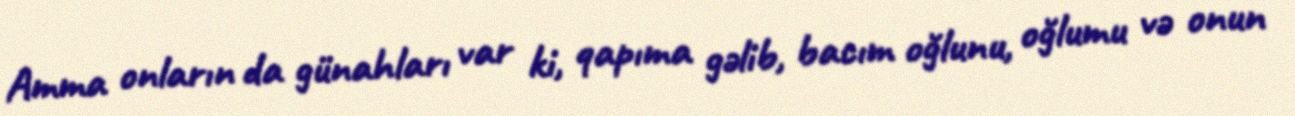
Amma onların da günahları var ki, qapıma gəlib, bacım oğlunu, oğlumu və onun